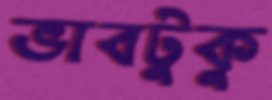
ভাবটুকু